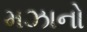
મઝાનો